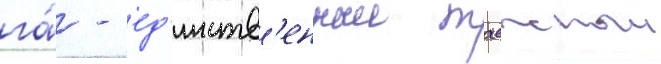
га́ - ед'инств'енныи таежныи